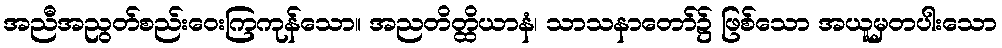
အညီအညွတ်စည်းဝေးကြကုန်သော။ အညတိတ္ထိယာနံ၊ သာသနာတော်၌ ဖြစ်သော အယူမှတပါးသော